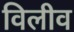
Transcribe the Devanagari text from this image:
विलीव